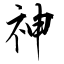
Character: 神